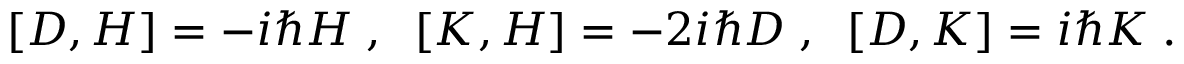
[ D , H ] = - i \hbar H \; , \; \; [ K , H ] = - 2 i \hbar D \; , \; \; [ D , K ] = i \hbar K \; .